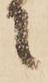
に